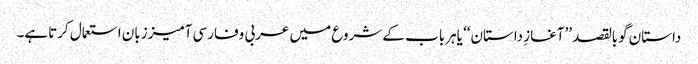
داستان گوبالقصد ’’آغازِ داستان‘‘ یاہرباب کے شروع میں عربی وفارسی آمیززبان استعمال کرتاہے۔